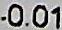
-0.01